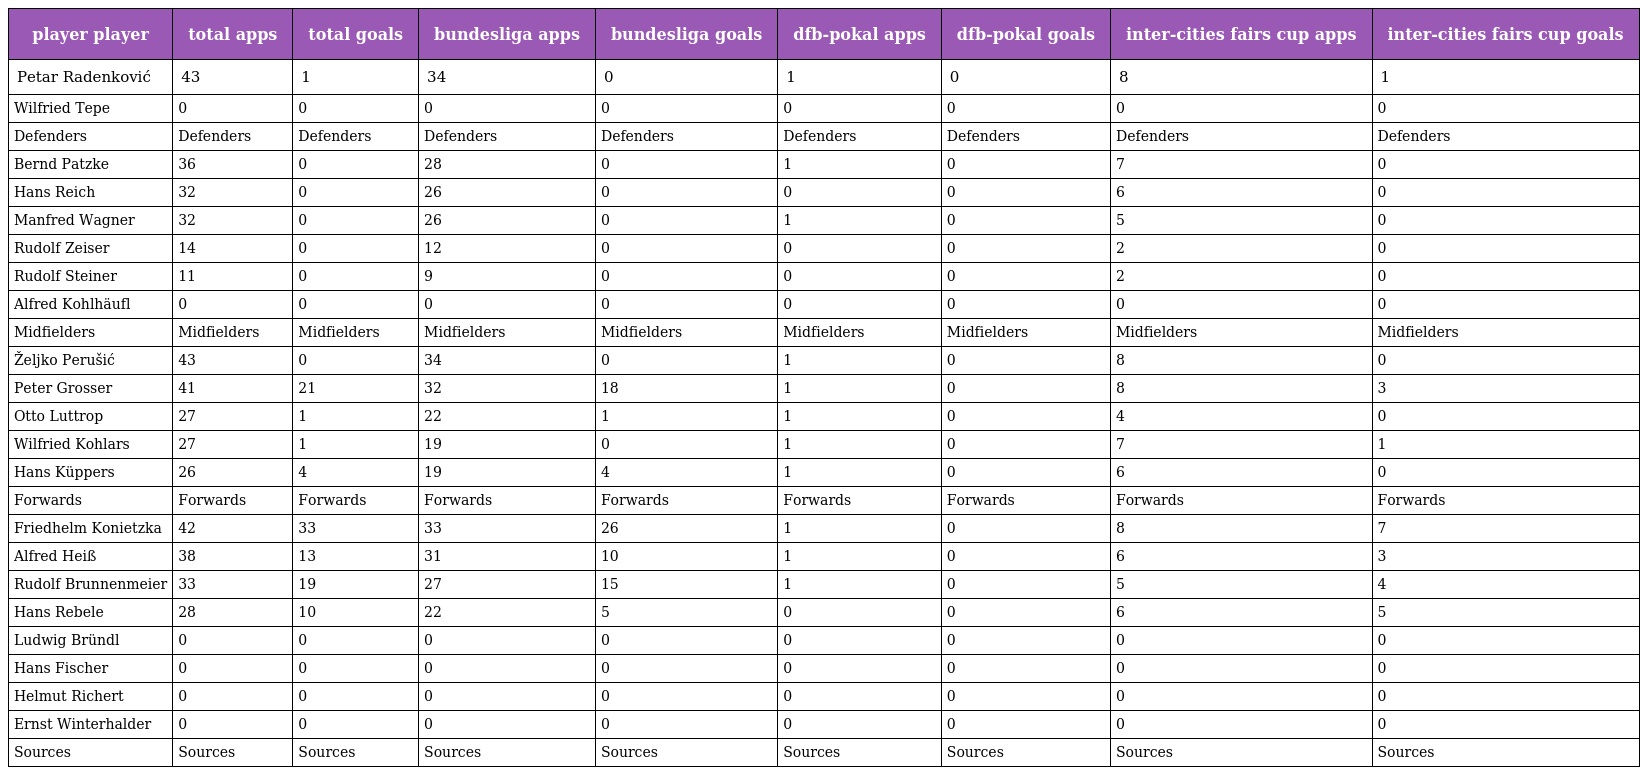
| player player | total apps | total goals | bundesliga apps | bundesliga goals | dfb-pokal apps | dfb-pokal goals | inter-cities fairs cup apps | inter-cities fairs cup goals |
 | --- | --- | --- | --- | --- | --- | --- | --- | --- |
 | Petar Radenković | 43 | 1 | 34 | 0 | 1 | 0 | 8 | 1 |
 | Wilfried Tepe | 0 | 0 | 0 | 0 | 0 | 0 | 0 | 0 |
 | Defenders | Defenders | Defenders | Defenders | Defenders | Defenders | Defenders | Defenders | Defenders |
 | Bernd Patzke | 36 | 0 | 28 | 0 | 1 | 0 | 7 | 0 |
 | Hans Reich | 32 | 0 | 26 | 0 | 0 | 0 | 6 | 0 |
 | Manfred Wagner | 32 | 0 | 26 | 0 | 1 | 0 | 5 | 0 |
 | Rudolf Zeiser | 14 | 0 | 12 | 0 | 0 | 0 | 2 | 0 |
 | Rudolf Steiner | 11 | 0 | 9 | 0 | 0 | 0 | 2 | 0 |
 | Alfred Kohlhäufl | 0 | 0 | 0 | 0 | 0 | 0 | 0 | 0 |
 | Midfielders | Midfielders | Midfielders | Midfielders | Midfielders | Midfielders | Midfielders | Midfielders | Midfielders |
 | Željko Perušić | 43 | 0 | 34 | 0 | 1 | 0 | 8 | 0 |
 | Peter Grosser | 41 | 21 | 32 | 18 | 1 | 0 | 8 | 3 |
 | Otto Luttrop | 27 | 1 | 22 | 1 | 1 | 0 | 4 | 0 |
 | Wilfried Kohlars | 27 | 1 | 19 | 0 | 1 | 0 | 7 | 1 |
 | Hans Küppers | 26 | 4 | 19 | 4 | 1 | 0 | 6 | 0 |
 | Forwards | Forwards | Forwards | Forwards | Forwards | Forwards | Forwards | Forwards | Forwards |
 | Friedhelm Konietzka | 42 | 33 | 33 | 26 | 1 | 0 | 8 | 7 |
 | Alfred Heiß | 38 | 13 | 31 | 10 | 1 | 0 | 6 | 3 |
 | Rudolf Brunnenmeier | 33 | 19 | 27 | 15 | 1 | 0 | 5 | 4 |
 | Hans Rebele | 28 | 10 | 22 | 5 | 0 | 0 | 6 | 5 |
 | Ludwig Bründl | 0 | 0 | 0 | 0 | 0 | 0 | 0 | 0 |
 | Hans Fischer | 0 | 0 | 0 | 0 | 0 | 0 | 0 | 0 |
 | Helmut Richert | 0 | 0 | 0 | 0 | 0 | 0 | 0 | 0 |
 | Ernst Winterhalder | 0 | 0 | 0 | 0 | 0 | 0 | 0 | 0 |
 | Sources | Sources | Sources | Sources | Sources | Sources | Sources | Sources | Sources |